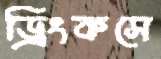
ড্রিংকসে